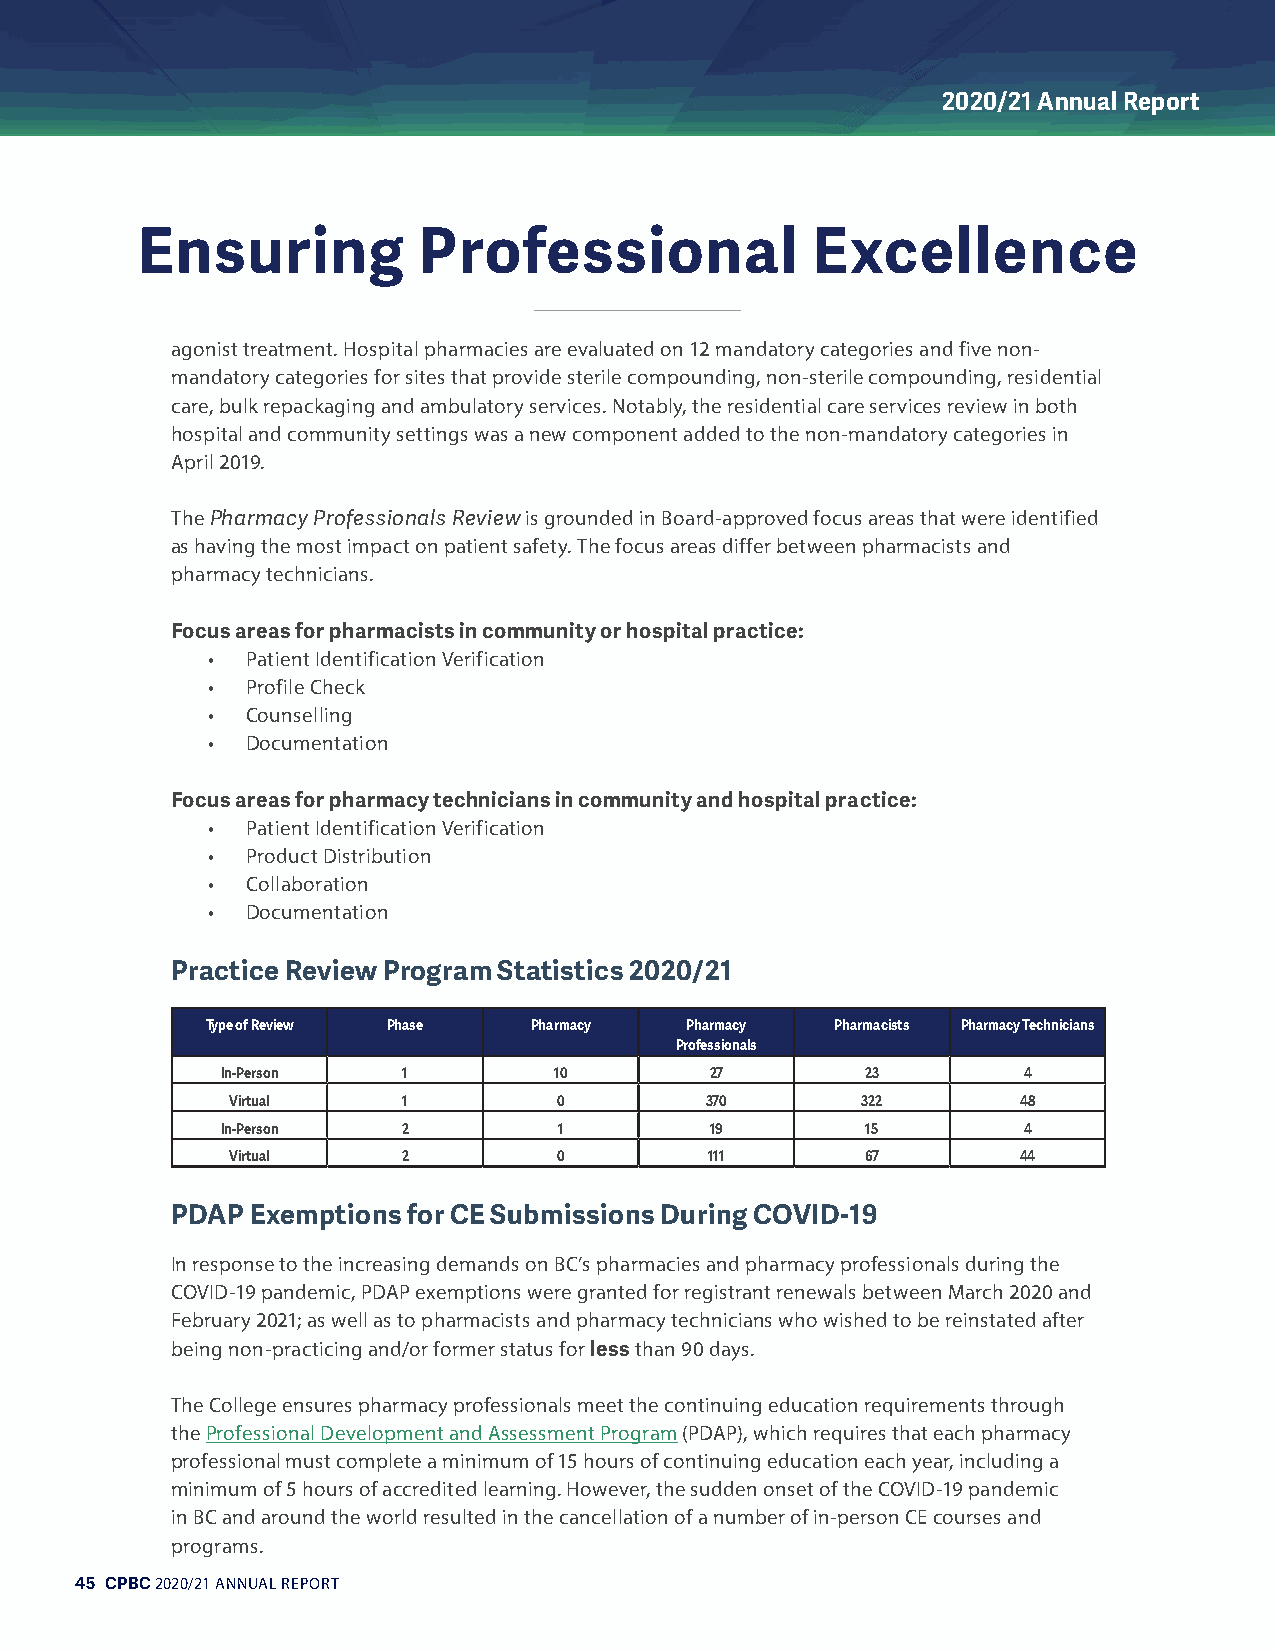
2020/21 Annual Report
 Ensuring           Professional              Excellence
 agonist treatment. Hospital pharmacies are evaluated on 12 mandatory categories and five non-
 mandatory categories for sites that provide sterile compounding, non-sterile compounding, residential
 care, bulk repackaging and ambulatory services. Notably, the residential care services review in both
 hospital and community settings was a new component added to the non-mandatory categories in
 April 2019.
 The Pharmacy Professionals Review is grounded in Board-approved focus areas that were identified
 as having the most impact on patient safety. The focus areas differ between pharmacists and
 pharmacy technicians.
 Focus areas for pharmacists in community or hospital practice:
 • Patient Identification Verification
 • Profile Check
 • Counselling
 • Documentation
 Focus areas for pharmacy technicians in community and hospital practice:
 • Patient Identification Verification
 • Product Distribution
 • Collaboration
 • Documentation
 Practice Review Program Statistics 2020/21
 Type of Review Phase Pharmacy  Pharmacy  Pharmacists Pharmacy Technicians
 Professionals
 In-Person   1         10        27        23         4
 Virtual     1         0         370       322        48
 In-Person   2         1         19        15         4
 Virtual     2         0         111       67         44
 PDAP  Exemptions for CE Submissions During COVID-19
 In response to the increasing demands on BC’s pharmacies and pharmacy professionals during the
 COVID-19 pandemic, PDAP exemptions were granted for registrant renewals between March 2020 and
 February 2021; as well as to pharmacists and pharmacy technicians who wished to be reinstated after
 being non-practicing and/or former status for less than 90 days.
 The College ensures pharmacy professionals meet the continuing education requirements through
 the Professional Development and Assessment Program (PDAP), which requires that each pharmacy
 professional must complete a minimum of 15 hours of continuing education each year, including a
 minimum of 5 hours of accredited learning. However, the sudden onset of the COVID-19 pandemic
 in BC and around the world resulted in the cancellation of a number of in-person CE courses and
 programs.
 45 CPBC 2020/21 ANNUAL REPORT